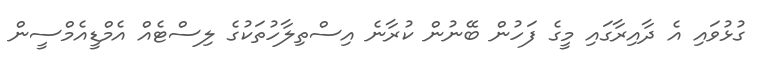
ގުޅުވައި އެ ދާއިރާގައި މީގެ ފަހުން ބޭނުން ކުރާނެ އިސްތިލާހުތަކުގެ ލިސްޓެއް އެމްޑީއެމްސީން